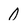
Character: 0